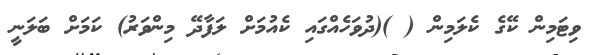
ވިޓަމިން ކޭގެ ކެލަމިން ( )(ދުވަހެއްގައި ކެއުމަށް ލަފާދޭ މިންވަރު) ކަމަށް ބަލަނީ